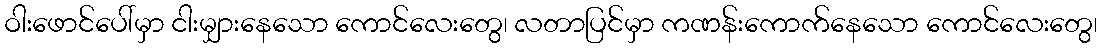
ဝါးဖောင်ပေါ်မှာ ငါးမျှားနေသော ကောင်လေးတွေ၊ လတာပြင်မှာ ကဏန်းကောက်နေသော ကောင်လေးတွေ၊